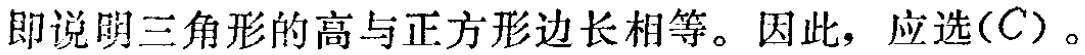
即说明三角形的高与正方形边长相等。因此，应选\((C)\)。